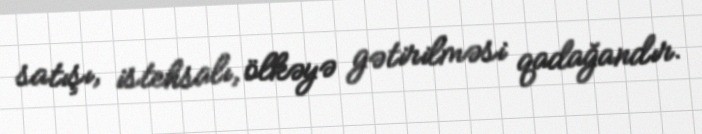
satışı, istehsalı, ölkəyə gətirilməsi qadağandır.